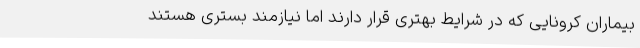
بیماران کرونایی که در شرایط بهتری قرار دارند اما نیازمند بستری هستند